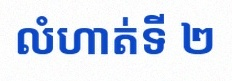
លំហាត់ទី ២